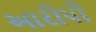
આરોપો